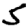
Digit: 5